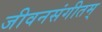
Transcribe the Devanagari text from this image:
जीवनसंगीतम्